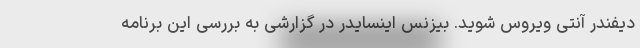
دیفندر آنتی ویروس شوید. بیزنس اینسایدر در گزارشی به بررسی این برنامه